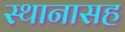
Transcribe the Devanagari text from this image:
स्थानासह